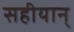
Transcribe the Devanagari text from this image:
सहीयान्